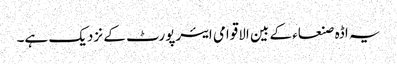
یہ اڈہ صنعاء کے بین الاقوامی ایئرپورٹ کے نزدیک ہے۔